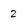
Character: 2